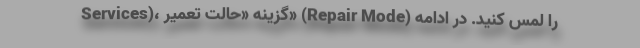
Services)، گزینه «حالت تعمیر» (Repair Mode) را لمس کنید. در ادامه